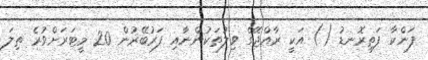
ފަންކާ ފަތިރޮނޑު () އަކީ ރާއްޖޭގެ ވިލުތަކުންނާއި ފަރުބޭރުން 20 މީޓަރަށްވުރެ ތިލަ